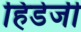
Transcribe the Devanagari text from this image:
हिडेजी